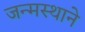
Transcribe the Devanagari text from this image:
जन्मस्थाने